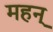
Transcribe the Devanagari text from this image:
महन्